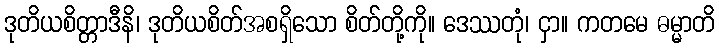
ဒုတိယစိတ္တာဒီနိ၊ ဒုတိယစိတ်အစရှိသော စိတ်တို့ကို။ ဒေဿတုံ၊ ငှာ။ ကတမေ ဓမ္မာတိ